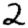
Digit: 2